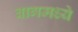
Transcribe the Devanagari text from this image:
बागमध्ये